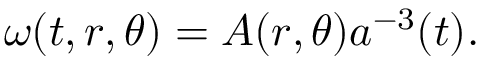
\omega ( t , r , \theta ) = A ( r , \theta ) a ^ { - 3 } ( t ) .